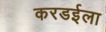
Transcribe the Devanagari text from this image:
करडईला